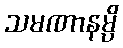
သမဏာနမ္ပိ